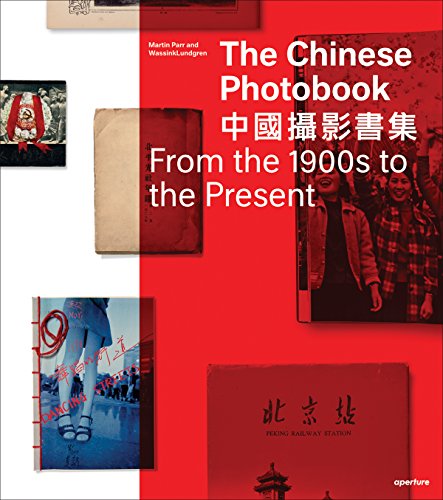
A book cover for The Chinese Photobook; Gu Zheng; Arts & Photography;